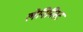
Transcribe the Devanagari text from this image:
लेनिनिस्ट